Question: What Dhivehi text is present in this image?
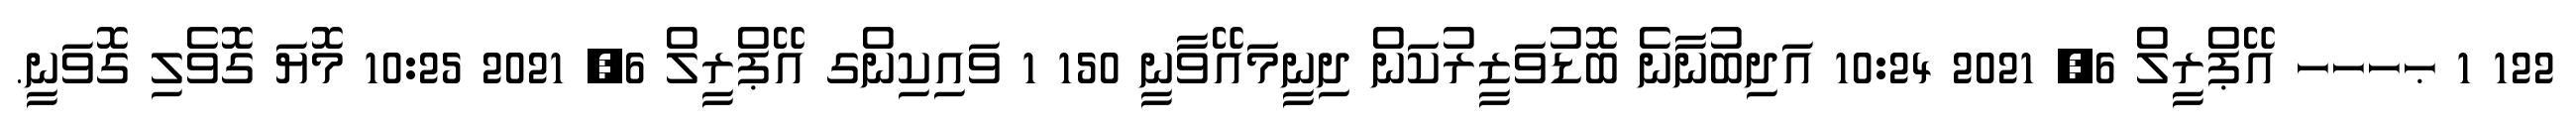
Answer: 122 1 ޙހހހ އޭޕްރީލް 6, 2021 10:24 އަދިބުނާނެ ބޮޑުވަޒީރުކަން ދިނީމައޭވާނީ 150 1 ވައިކިންގ އޭޕްރީލް 6, 2021 10:25 މޮޔަ ގޮވެލި ގޮވަނީ.